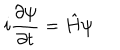
i \frac { \partial \psi } { \partial t } = \hat { H } \psi